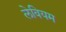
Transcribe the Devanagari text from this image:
लेवियम